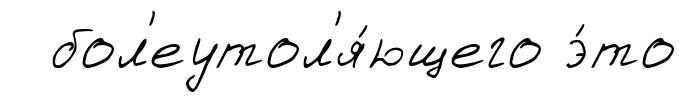
бол'еутол'я́ющего э́то